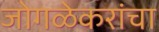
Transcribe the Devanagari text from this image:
जोगळेकरांचा